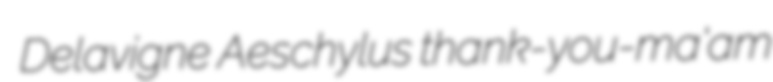
Delavigne Aeschylus thank-you-ma'am